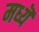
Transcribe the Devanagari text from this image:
मध्यॆ